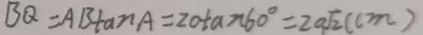
B Q = A B \tan A = 2 0 / \tan 6 0 ^ { \circ } = 2 0 \sqrt { 2 } ( c m )